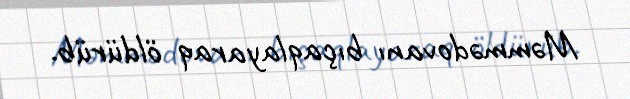
Məmmədovanı bıçaqlayaraq öldürüb.